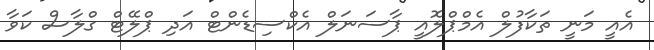
އެއީ މަނީ ތަކާފުލް އެމްޕްލޮއީ ޕާސަނަލް އެކްސިޑެންޓް އަދި ޕްލޭޓް ގްލާސް ކަވާ